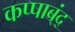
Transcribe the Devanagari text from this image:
कप्पाब्ंद्